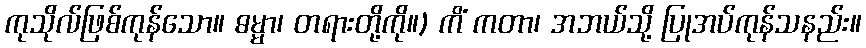
ကုသိုလ်ဖြစ်ကုန်သော။ ဓမ္မာ၊ တရားတို့ကို။) ကိံ ကတာ၊ အဘယ်သို့ ပြုအပ်ကုန်သနည်း။